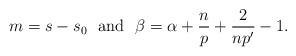
LaTeX: \begin{align*}m=s-s_0\ \ \mathrm{and} \ \ \beta=\alpha+\frac{n}{p}+\frac{2}{np'}-1.\end{align*}